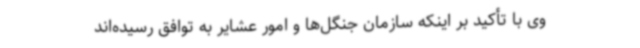
وی با تأکید بر اینکه سازمان جنگل‌ها و امور عشایر به توافق رسیده‌اند